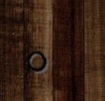
0